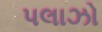
પલાઝો